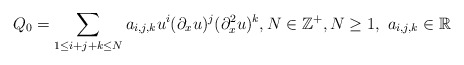
\begin{align*}Q_0 = \sum_{1 \leq i+j+k \leq N} a_{i,j,k} u^i(\partial_xu)^j(\partial_x^2u)^k,N\in\mathbb{Z}^+, N \geq 1,\ a_{i,j,k}\in\mathbb{R}\end{align*}